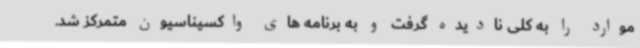
موارد را به کلی نادیده گرفت و به برنامه های واکسیناسیون متمرکز شد.